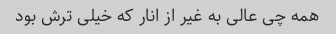
همه چی عالی به غیر از انار که خیلی ترش بود